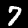
Label: 7